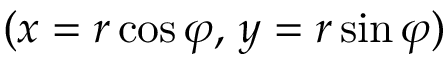
( x = r \cos \varphi , \, y = r \sin \varphi )